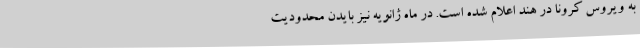
به ویروس کرونا در هند اعلام شده‌ است. در ماه ژانویه نیز بایدن محدودیت